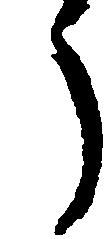
う